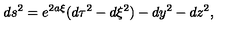
d s ^ { 2 } = e ^ { 2 a \xi } ( d \tau ^ { 2 } - d \xi ^ { 2 } ) - d y ^ { 2 } - d z ^ { 2 } ,